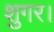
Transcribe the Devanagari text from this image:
शुगर।